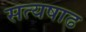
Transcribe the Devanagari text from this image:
सत्यषाढ